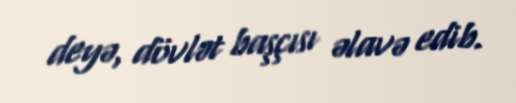
deyə, dövlət başçısı əlavə edib.